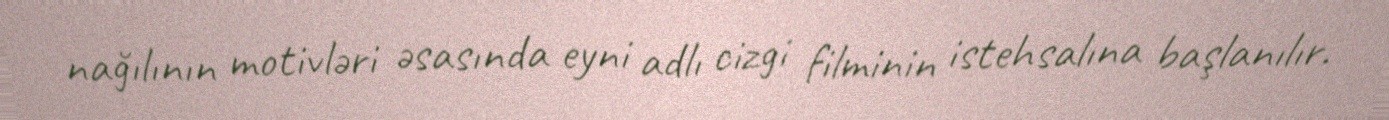
nağılının motivləri əsasında eyni adlı cizgi filminin istehsalına başlanılır.